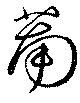
萳